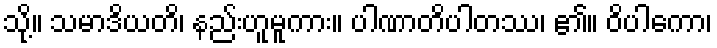
သို့။ သမာဒိယတိ၊ နည်းဟူမူကား။ ပါဏာတိပါတဿ၊ ၏။ ဝိပါကော၊